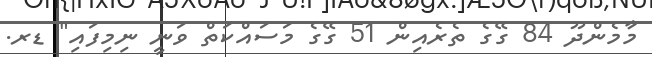
މާމެންދޫ 84 ގޭގެ ތެރެއިން 51 ގޭގެ މަސައްކަތް ވަނީ ނިމިފައި" ޑރ.